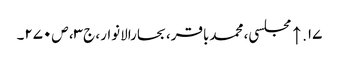
۱۷. ↑ مجلسی، محمدباقر، بحارالانوار، ج‌۳، ص‌۲۷۰۔